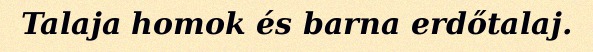
Talaja homok és barna erdőtalaj.